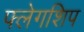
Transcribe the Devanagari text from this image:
फ्लेगशिप